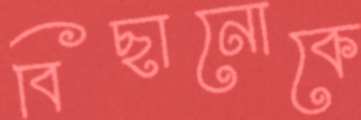
বিছানোকে